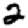
Digit: 2